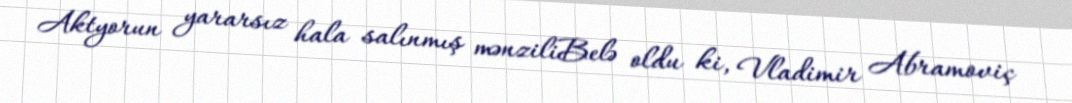
Aktyorun yararsız hala salınmış mənziliBelə oldu ki, Vladimir Abramoviç